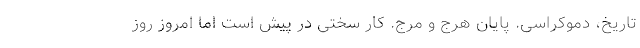
تاریخ، دموکراسی. پایان هرج و مرج. کار سختی در پیش است اما امروز روز